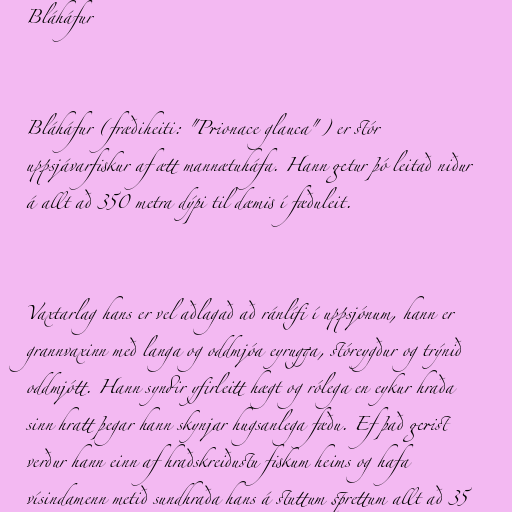
Bláháfur

Bláháfur (fræðiheiti: "Prionace glauca") er stór
uppsjávarfiskur af ætt mannætuháfa. Hann getur þó leitað niður
á allt að 350 metra dýpi til dæmis í fæðuleit.

Vaxtarlag hans er vel aðlagað að ránlífi í uppsjónum, hann er
grannvaxinn með langa og oddmjóa eyrugga, stóreygður og trýnið
oddmjótt. Hann syndir yfirleitt hægt og rólega en eykur hraða
sinn hratt þegar hann skynjar hugsanlega fæðu. Ef það gerist
verður hann einn af hraðskreiðustu fiskum heims og hafa
vísindamenn metið sundhraða hans á stuttum sprettum allt að 35